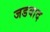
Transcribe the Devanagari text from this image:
जडवाद